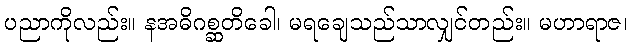
ပညာကိုလည်း။ နအဓိဂစ္ဆတိခေါ၊ မရချေသည်သာလျှင်တည်း။ မဟာရာဇ၊